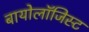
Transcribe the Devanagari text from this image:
बायोलॉजिस्ट